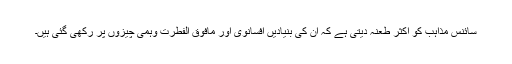
سائنس مذاہب کو اکثر طعنہ دیتی ہے کہ ان کی بنیادیں افسانوی اور مافوق الفطرت وہمی چیزوں پر رکھی گئی ہیں۔